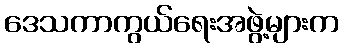
ဒေသကာကွယ်ရေးအဖွဲ့များက